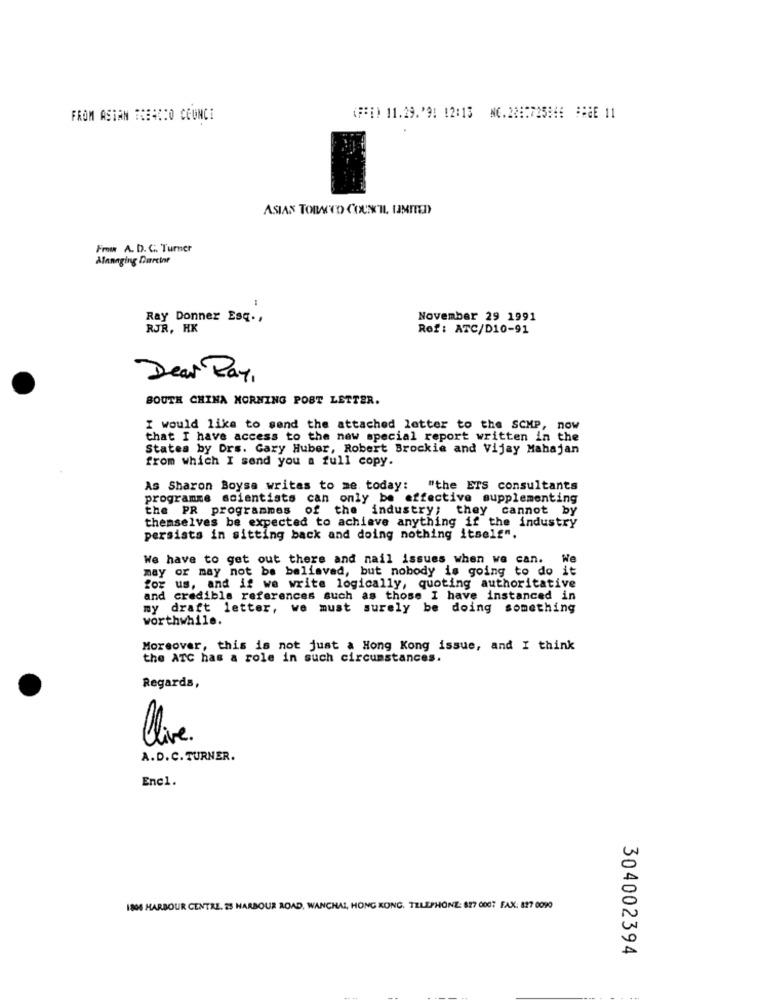
FROM ASIAN TOBACCO COUNCI
(F#[) 11.29.'9: 12:13 NC.2287725846 BAGE 11
ASIAS TOBACCO COUNCIL, UNITED
Frow A. D. C. Turner
Alannging Durcir
Ray Donner Esq .,
November 29 1991
RJR. HK
Ref: ATC/D10-91
Dear Ray,
SOUTH CHINA MORNING POST LETTER.
I would like to send the attached letter to the SCMP, now
that I have access to the new special report written in the
States by Drs. Gary Huber, Robert Brockie and Vijay Mahajan
from which I send you a full copy.
As Sharon Boysa writes to me today: "the ETS consultants
programme scientists can only be effective supplementing
the PR programmes
of the industry; they cannot by
themselves be expected to achieve anything if the industry
persists in sitting back and doing nothing itself".
We have to get out there and nail issues when we can.
We
may or may not be believed, but nobody is going to do it
for us, and if we write logically, quoting authoritative
and credible references such as those I have instanced in
my draft letter, we must surely be doing something
worthwhile.
Moreover, this is not just a Hong Kong issue, and I think
the ATC has a role in such circumstances.
Regards,
Clive
A.D.C. TURNER.
Enc1.
1806 HARBOUR CENTRE. 25 HARBOUR ROAD, WANCHAI, HONG KONG. TELEPHONE: 827 0007 FAX: 827 0090
304002394